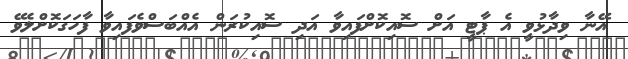
އޭނާ ވިދާޅުވީ އެ ޕާޓީ އަށް ސޮއިކޮށްފައިވާ އަދި ސޮއިކުރަން އެއްބަސްވެފައިވާ ފާހަގަކޮށްލެވޭ